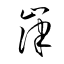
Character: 嵂